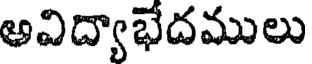
అవిద్యాభేదములు